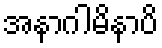
အနာဂါမိနာပိ